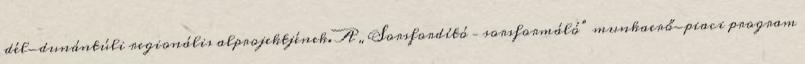
dél-dunántúli regionális alprojektjének. A „Sorsfordító – sorsformáló” munkaerő-piaci program